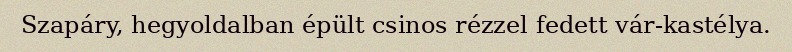
Szapáry, hegyoldalban épült csinos rézzel fedett vár-kastélya.